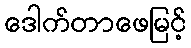
ဒေါက်တာဖေမြင့်